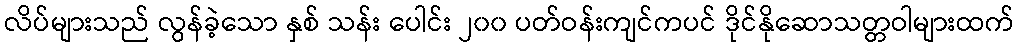
လိပ်များသည် လွန်ခဲ့သော နှစ် သန်း ပေါင်း ၂၀၀ ပတ်ဝန်းကျင်ကပင် ဒိုင်နိုဆောသတ္တဝါများထက်